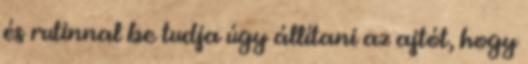
és rutinnal be tudja úgy állítani az ajtót, hogy